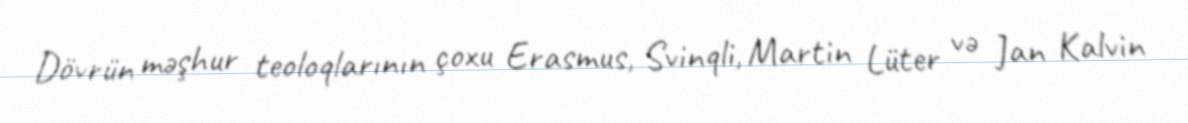
Dövrün məşhur teoloqlarının çoxu Erasmus, Svinqli, Martin Lüter və Jan Kalvin